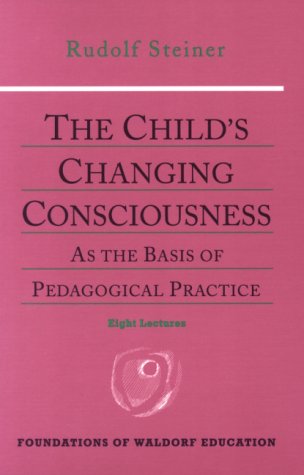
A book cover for The Child's Changing Consciousness (Foundations of Waldorf Education); Rudolf Steiner; Religion & Spirituality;